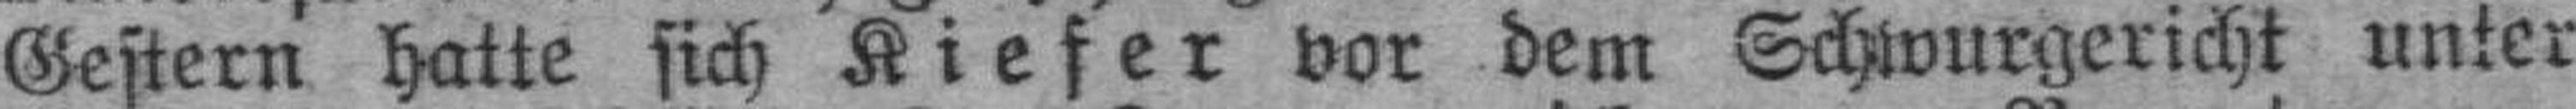
Gestern hatte sich Kiefer vor dem Schwurgericht unter